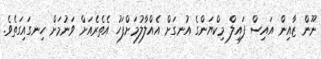
ނޫން ޒާއިން އައިސް ފައިލް މިކްޔަންގެ އުނގަށް އެއްލާލުމަށްފަހު އެތެރެއަށް ވަނުމަށް ހިނގައިގަތެވެ.